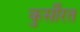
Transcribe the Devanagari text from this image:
कुर्सीरत